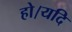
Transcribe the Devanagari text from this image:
हो।यदि